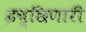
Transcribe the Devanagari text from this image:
इच्छिणारी